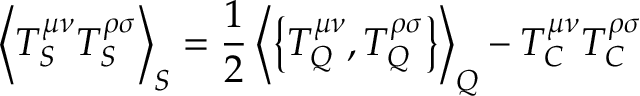
\left\langle T _ { S } ^ { \mu \nu } T _ { S } ^ { \rho \sigma } \right\rangle _ { S } = \frac { 1 } { 2 } \left\langle \left\{ T _ { Q } ^ { \mu \nu } , T _ { Q } ^ { \rho \sigma } \right\} \right\rangle _ { Q } - T _ { C } ^ { \mu \nu } T _ { C } ^ { \rho \sigma }